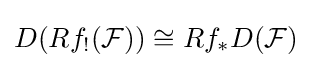
D(Rf_{!}({\mathcal {F}}))\cong Rf_{\ast }D({\mathcal {F}})